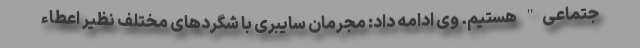
جتماعی" هستیم. وی ادامه داد: مجرمان سایبری با شگردهای مختلف نظیر اعطاء